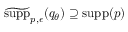
\widetilde { \mathrm { s u p p } } _ { p , \epsilon } ( q _ { \theta } ) \supseteq \mathrm { s u p p } ( p )